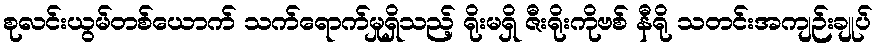
စုလင်းယွမ်တစ်ယောက် သက်ရောက်မှုရှိသည့် ရိုးမရှိ ဇီးရိုးကိုဗစ် နီရို သတင်းအကျဉ်းချုပ်